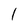
Character: l